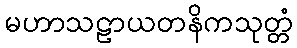
မဟာသဠာယတနိကသုတ္တံ